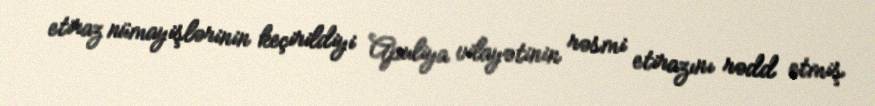
etiraz nümayişlərinin keçirildiyi Apuliya vilayətinin rəsmi etirazını rədd etmiş